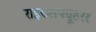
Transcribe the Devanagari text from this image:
राइख्सफ्यूहरर